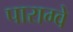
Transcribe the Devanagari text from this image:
पाराग्वे